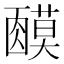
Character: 𬞿